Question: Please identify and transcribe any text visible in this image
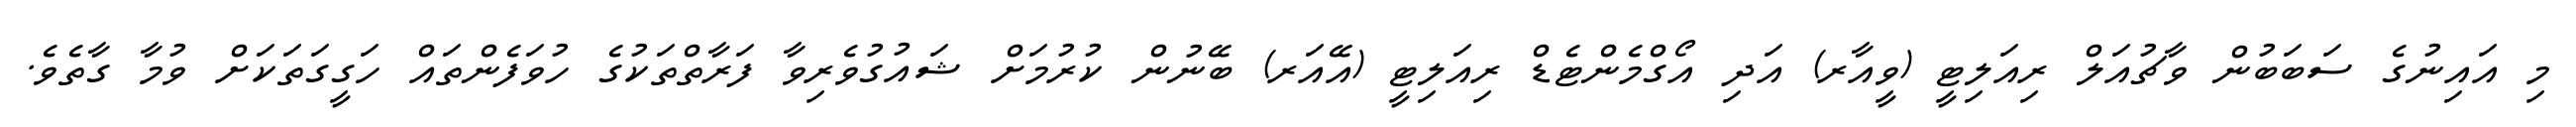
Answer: މި އައިނުގެ ސަބަބުން ވާޗުއަލް ރިއަލިޓީ (ވީއާރ) އަދި އޯގްމެންޓެޑް ރިއަލިޓީ (އޭއަރ) ބޭނުން ކުރުމަށް ޝައުގުވެރިވާ ފަރާތްތަކުގެ ހުވަފެންތައް ހަގީގަތަކަށް ވުމާ ގާތެވެ.